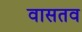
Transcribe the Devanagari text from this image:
वासतव